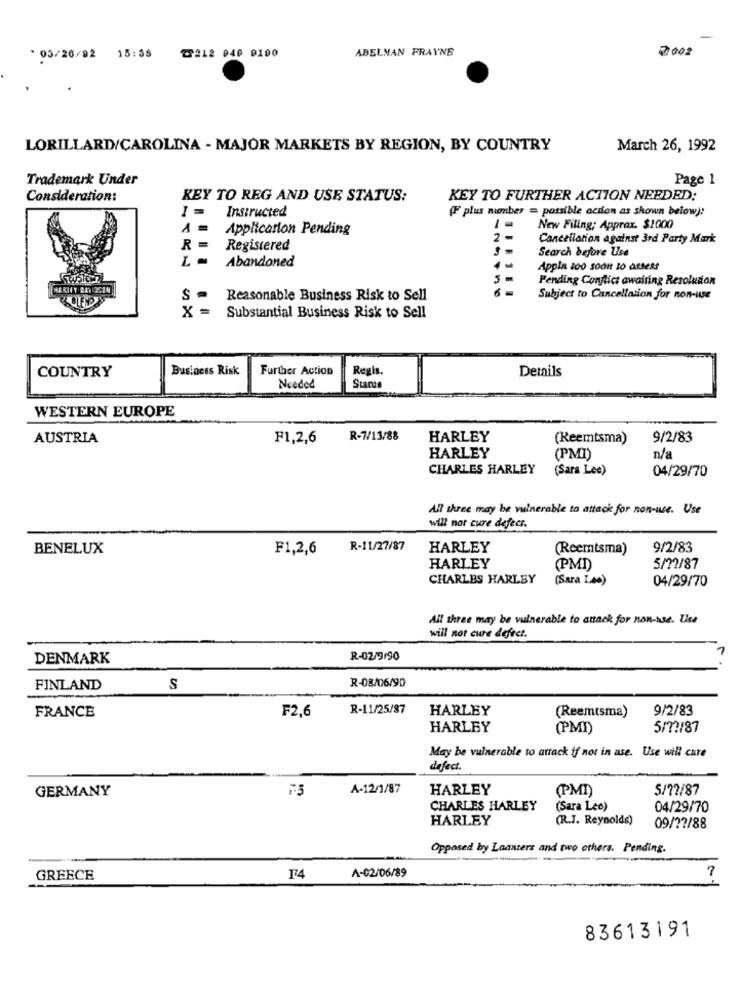
ABELMAN PRAYNE
2002
* 03/26/92
15:38
2212 040 0100
LORILLARD/CAROLINA - MAJOR MARKETS BY REGION, BY COUNTRY
March 26, 1992
Trademark Under
Page 1
Consideration:
KEY TO REG AND USE STATUS:
KEY TO FURTHER ACTION NEEDED;
I =
Instructed
(F plus number = possible action as shown below):
Application Pending
New Filing; Approx. $1000
2 -
Cancellation against 3rd Party Mark
R =
Registered
Search before Use
Abandoned
Appla 200 soon to atsest
5
Pending Conflict awaiting Resolution
S .
Reasonable Business Risk to Sell
Subject to Cancellation for non-use
X =
Substantial Business Risk to Sell
Business Risk
Further Action
Regis.
Details
COUNTRY
Needed
Stare
WESTERN EUROPE
AUSTRIA
F1,2,6
R-7/13/88
HARLEY
(Reemtsma)
9/2/83
HARLEY
(PMI)
n/a
CHARLES HARLEY
(Sara Lee)
04/29/70
All three may be vulnerable to attack for non-use. Use
will not cure defecs.
BENELUX
F1,2,6
R-11/27/87
HARLEY
(Reemtsma)
9/2/83
HARLEY
(PMI
5/22/87
CHARLES HARLEY
(Sara Lee)
04/29/70
All three may be vulnerable to attack for non-use. Uss
will not cure defect.
DENMARK
R-02/9/90
R-08/06/90
FINLAND
S
F2,6
R-11/25/87
HARLEY
(Reemtsma)
9/2/83
FRANCE
HARLEY
(PMI)
5/ ?? /87
May be vulnerable to attack if not in ase. Use will care
defect.
GERMANY
A-12/1/87
HARLEY
(PMI)
5/77/87
CHARLES HARLEY
(Sara Lee)
04/29/70
HARLEY
(R.J. Reynolds)
09/22/88
Opposed by Loanters and two others. Pending.
A-02/06/89
GREECE
T4
83613191